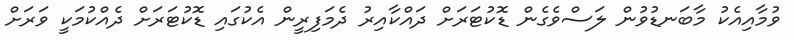
ވުމާއިއެކު މާބަނޑުވުން ލަސްވެގެން ޑޮކުޓަރަށް ދައްކާއިރު ދެމަފިރީން އެކުގައި ޑޮކުޓަރަށް ދެއްކުމަކީ ވަރަށް